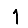
Digit: 1